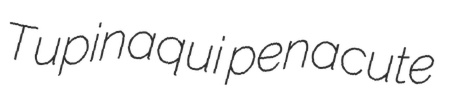
Tupinaqui penacute